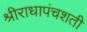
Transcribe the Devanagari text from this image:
श्रीराधापंचशती